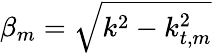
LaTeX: \beta_{m}=\sqrt{k^{2}-k_{t,m}^{2}}